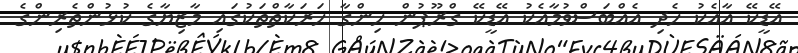
އޭޑީކޭ އާއެކު ހެދި އެއްބަސްވުމާއެކު އޭޑީކޭ ގްރޫޕުން ހިންގާ ހަރަކާތްތަކުގައި މާޒިޔާގެ ކުޅުންތެރިންގެ